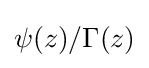
\psi (z)/\Gamma (z)